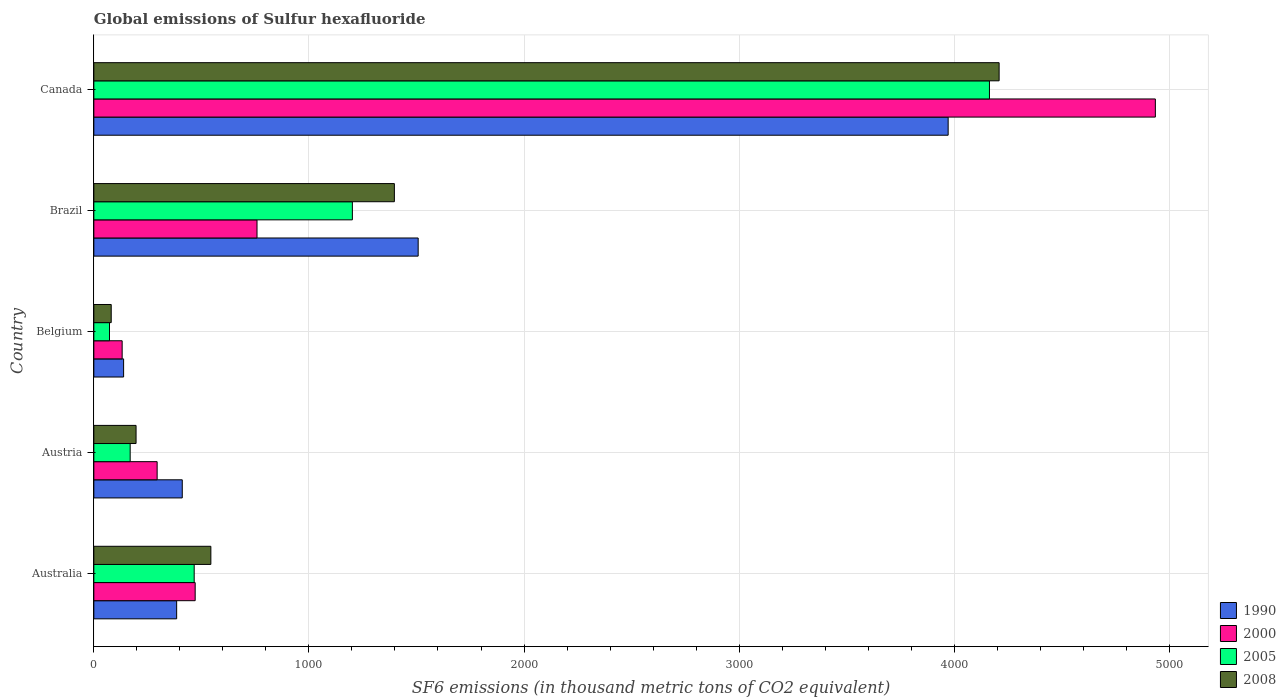
| Country | 1990 | 2000 | 2005 | 2008 |
 | --- | --- | --- | --- | --- |
 | Australia | 385 | 471 | 467 | 544 |
 | Austria | 411 | 294 | 169 | 196 |
 | Belgium | 138 | 132 | 72.9 | 80.9 |
 | Brazil | 1.51e+03 | 759 | 1.2e+03 | 1.4e+03 |
 | Canada | 3.97e+03 | 4.94e+03 | 4.16e+03 | 4.21e+03 |